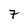
Character: 7